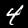
Label: 4